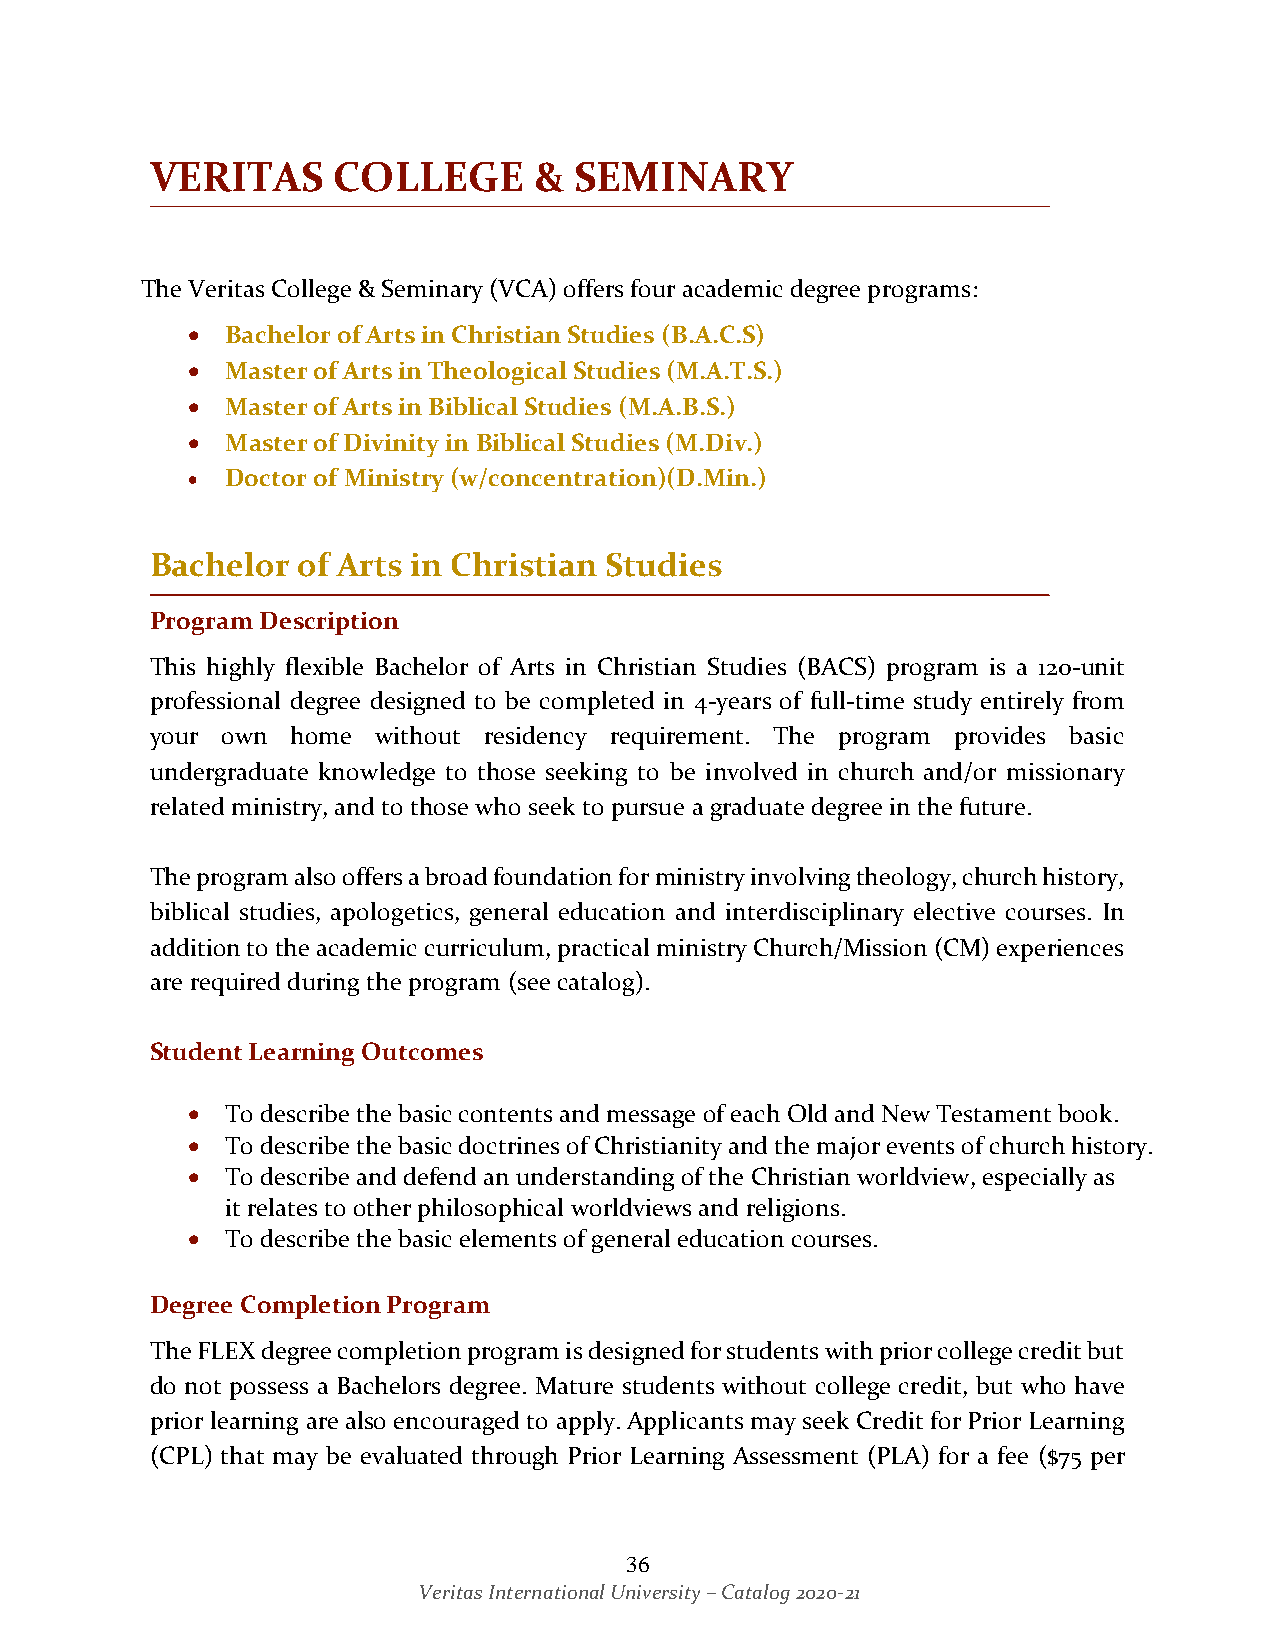
VERITAS     COLLEGE      &  SEMINARY
 The Veritas College & Seminary (VCA) offers four academic degree programs:
 •  Bachelor of Arts in Christian Studies (B.A.C.S)
 •  Master of Arts in Theological Studies (M.A.T.S.)
 •  Master of Arts in Biblical Studies (M.A.B.S.)
 •  Master of Divinity in Biblical Studies (M.Div.)
 •  Doctor of Ministry (w/concentration)(D.Min.)
 Bachelor  of Arts in Christian Studies
 Program Description
 This highly flexible Bachelor of Arts in Christian Studies (BACS) program is a 120-unit
 professional degree designed to be completed in 4-years of full-time study entirely from
 your own home  without residency requirement. The program provides basic
 undergraduate knowledge to those seeking to be involved in church and/or missionary
 related ministry, and to those who seek to pursue a graduate degree in the future.
 The program also offers a broad foundation for ministry involving theology, church history,
 biblical studies, apologetics, general education and interdisciplinary elective courses. In
 addition to the academic curriculum, practical ministry Church/Mission (CM) experiences
 are required during the program (see catalog).
 Student Learning Outcomes
 •  To describe the basic contents and message of each Old and New Testament book.
 •  To describe the basic doctrines of Christianity and the major events of church history.
 •  To describe and defend an understanding of the Christian worldview, especially as
 it relates to other philosophical worldviews and religions.
 •  To describe the basic elements of general education courses.
 Degree Completion Program
 The FLEX degree completion program is designed for students with prior college credit but
 do not possess a Bachelors degree. Mature students without college credit, but who have
 prior learning are also encouraged to apply. Applicants may seek Credit for Prior Learning
 (CPL) that may be evaluated through Prior Learning Assessment (PLA) for a fee ($75 per
 36
 Veritas International University – Catalog 2020-21